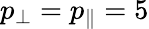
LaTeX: p_{\perp}=p_{\| }=5